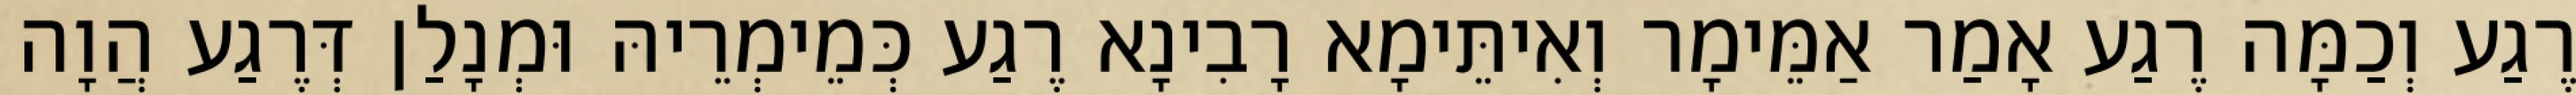
רֶגַע וְכַמָּה רֶגַע אָמַר אַמֵּימָר וְאִיתֵּימָא רָבִינָא רֶגַע כְּמֵימְרֵיהּ וּמְנָלַן דְּרֶגַע הֲוָה